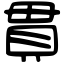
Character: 貫